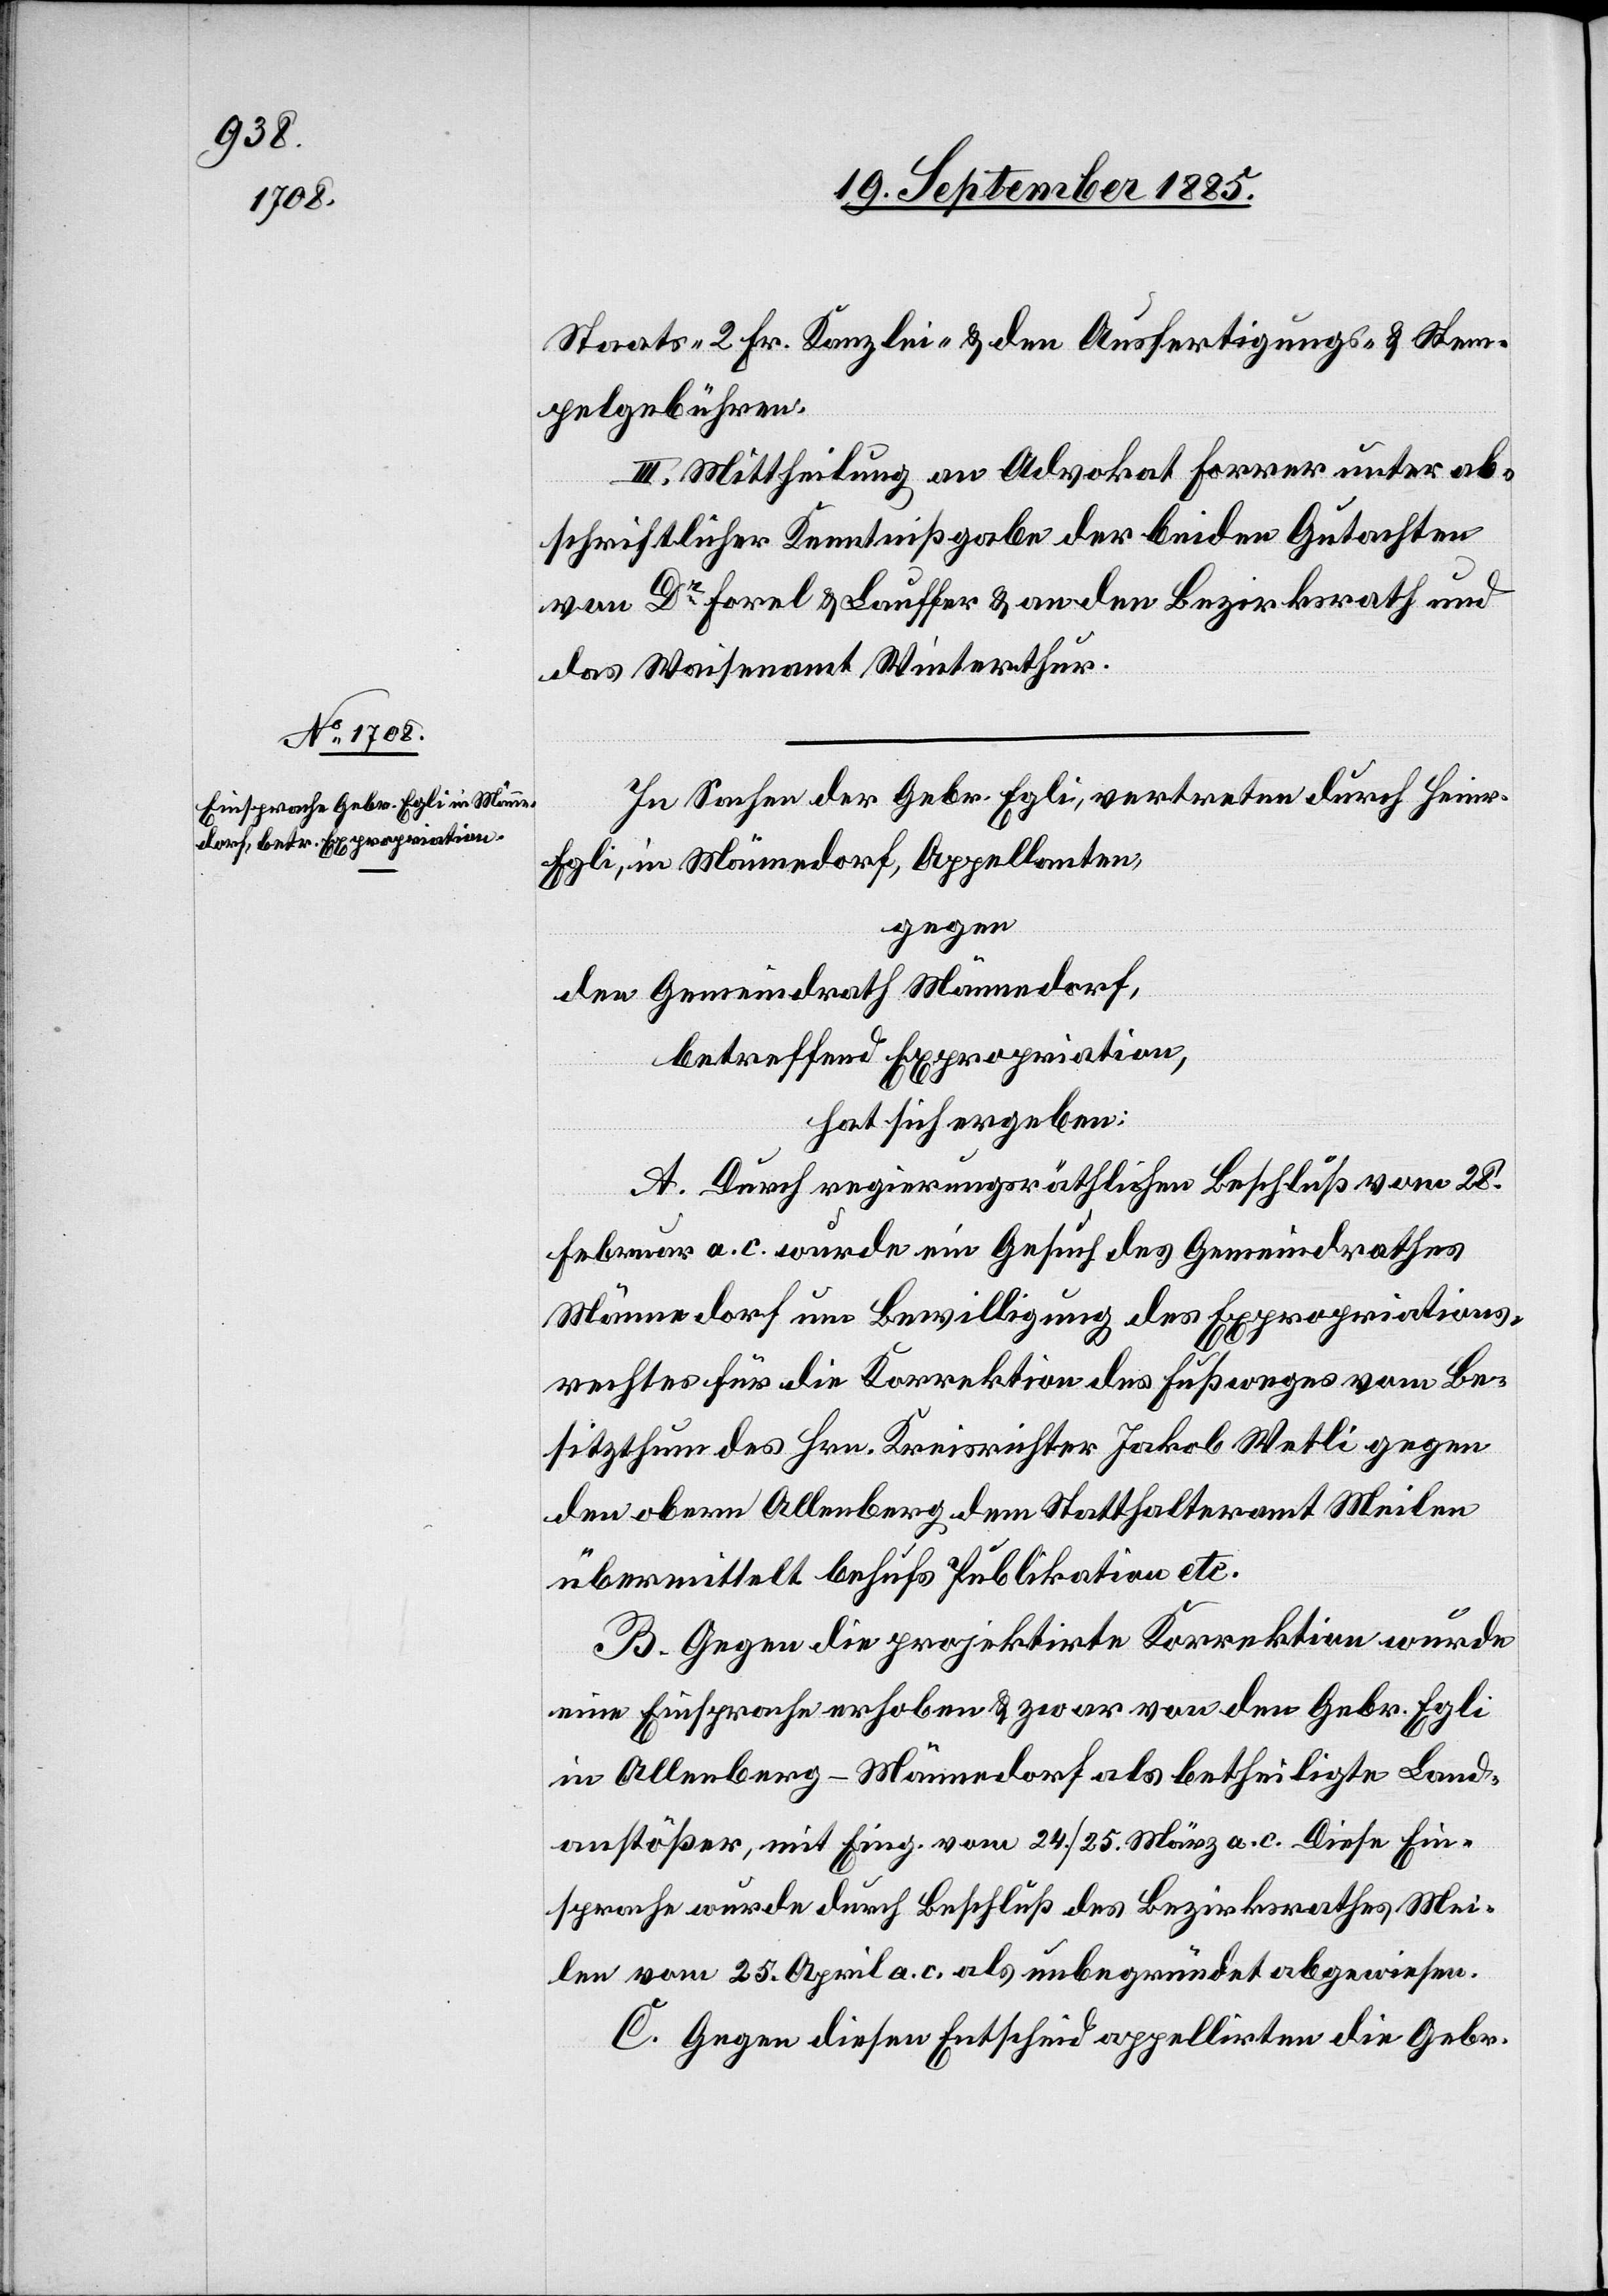
Staats-[,] 2 Fr. Kanzlei- & den Ausfertigungs- & Stem¬
pelgebühren.
III. Mittheilung an Advokat Forrer unter ab¬
schriftlicher Kenntnißgabe der beiden Gutachten
von Dr Forel & Lauffer & an den Bezirksrath und
das Waisenamt Winterthur.
In Sachen der Gebr. Egli, vertreten durch Heinr.
Egli, in Männedorf, Appellanten,
gegen
den Gemeindrath Männedorf,
betreffend Expropriation,
hat sich ergeben:
A. Durch regierungsräthlichen Beschluß vom 28.
Februar a. c. wurde ein Gesuch des Gemeindrathes
Männedorf um Bewilligung des Expropriations¬
rechtes für die Korrektion des Fußweges vom Be¬
sitzthum des Hrn. Kreisrichter Jakob Wetli gegen
den obern Allenberg dem Statthalteramt Meilen
übermittelt behufs Publikation etc.
B. Gegen die projektirte Korrektion wurde
eine Einsprache erhoben & zwar von den Gebr. Egli
in Allenberg - Männedorf als betheiligte Land¬
anstößer, mit Eing. vom 24./25. März a. c. Diese Ein¬
sprache wurde durch Beschluß des Bezirksrathes Mei¬
len vom 25. April a. c. als unbegründet abgewiesen.
C. Gegen diesen Entscheid appellirten die Gebr.